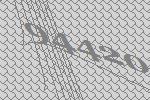
94420